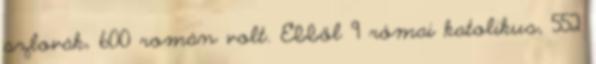
szlovák, 600 román volt. Ebből 9 római katolikus, 552